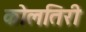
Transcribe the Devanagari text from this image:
कोलतिरी